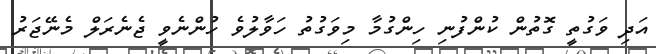
އަދި ވަގުތީ ގޮތުން ކުންފުނި ހިންގުމާ މިވަގުތު ހަވާލުވެ ހުންނެވީ ޖެނެރަލް މެނޭޖަރު